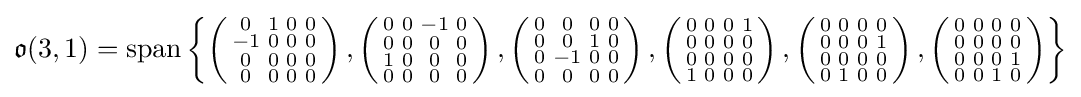
{\mathfrak {o}}(3,1)=\mathrm {span} \left\{\left({\begin{smallmatrix}0&1&0&0\\-1&0&0&0\\0&0&0&0\\0&0&0&0\end{smallmatrix}}\right),\left({\begin{smallmatrix}0&0&-1&0\\0&0&0&0\\1&0&0&0\\0&0&0&0\end{smallmatrix}}\right),\left({\begin{smallmatrix}0&0&0&0\\0&0&1&0\\0&-1&0&0\\0&0&0&0\end{smallmatrix}}\right),\left({\begin{smallmatrix}0&0&0&1\\0&0&0&0\\0&0&0&0\\1&0&0&0\end{smallmatrix}}\right),\left({\begin{smallmatrix}0&0&0&0\\0&0&0&1\\0&0&0&0\\0&1&0&0\end{smallmatrix}}\right),\left({\begin{smallmatrix}0&0&0&0\\0&0&0&0\\0&0&0&1\\0&0&1&0\end{smallmatrix}}\right)\right\}